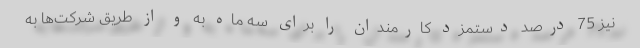
نیز 75 درصد دستمزد کارمندان را برای سه ماه به و از طریق شرکت‌ها به